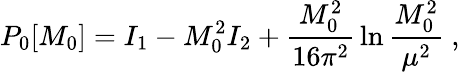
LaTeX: P_{0}[M_{0}]=I_{1}-M_{0}^{2}I_{2}+{\frac{M_{0}^{2}}{16\pi^{2}}}\ln{\frac{M_{0}^{2}}{\mu^{2}}}~,